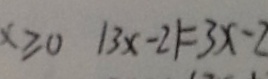
x \geqslant 0 \vert 3 x - 2 \vert = 3 x - 2